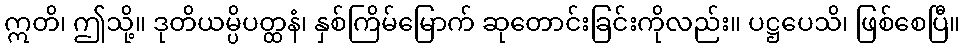
ဣတိ၊ ဤသို့။ ဒုတိယမ္ပိပတ္ထနံ၊ နှစ်ကြိမ်မြောက် ဆုတောင်းခြင်းကိုလည်း။ ပဋ္ဌပေသိ၊ ဖြစ်စေပြီ။